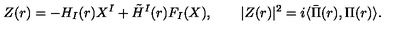
Z ( r ) = - H _ { I } ( r ) X ^ { I } + \tilde { H } ^ { I } ( r ) F _ { I } ( X ) , \qquad \vert Z ( r ) \vert ^ { 2 } = i \langle \bar { \Pi } ( r ) , \Pi ( r ) \rangle .